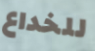
للخداع